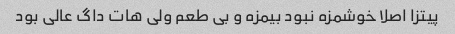
پیتزا اصلا خوشمزه نبود بیمزه و بی طعم ولی هات داگ عالی بود